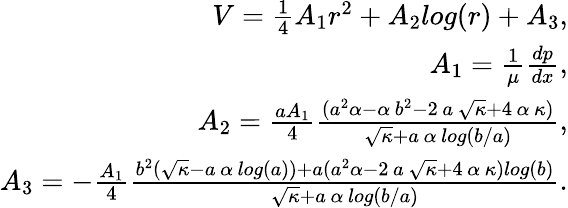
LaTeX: \begin{array}{r}{V=\frac{1}{4}A_{1}r^{2}+A_{2}log(r)+A_{3},}\\ {A_{1}=\frac{1}{\mu}\frac{dp}{dx},}\\ {A_{2}=\frac{aA_{1}}{4}\frac{(a^{2}\alpha-\alpha\, b^{2}-2\, a\, \sqrt{\kappa}+4\, \alpha\, \kappa)}{\sqrt{\kappa}+a\, \alpha\, log(b/a)},}\\ {A_{3}=-\frac{A_{1}}{4}\frac{b^{2}(\sqrt{\kappa}-a\, \alpha\, log(a))+a(a^{2}\alpha-2\, a\, \sqrt{\kappa}+4\, \alpha\, \kappa)log(b)}{\sqrt{\kappa}+a\, \alpha\, log(b/a)}.}\end{array}